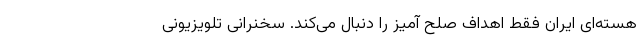
هسته‌ای ایران فقط اهداف صلح آمیز را دنبال می‌کند. سخنرانی تلویزیونی